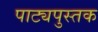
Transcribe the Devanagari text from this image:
पाट्यपुस्तक